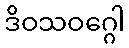
ဒိဝသဝဂ္ဂေါ